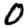
Digit: 0